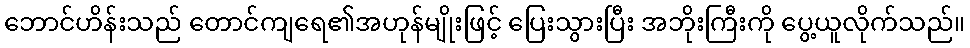
ဘောင်ဟိန်းသည် တောင်ကျရေ၏အဟုန်မျိုးဖြင့် ပြေးသွားပြီး အဘိုးကြီးကို ပွေ့ယူလိုက်သည်။